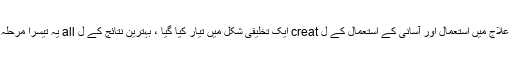
تاہم ، ہیئر.ٹوکسکس کے مکمل علاج میں استعمال اور آسانی کے استعمال کے ل creat ایک تخلیقی شکل میں تیار کیا گیا ، بہترین نتائج کے ل all یہ تیسرا مرحلہ تمام خدمات میں ضروری ہے۔